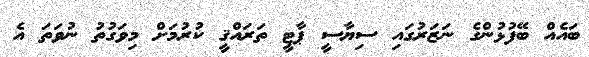
ބައެއް ބޭފުޅުންގެ ނަޒަރުގައި ސިޔާސީ ޕާޓީ ތަރައްޤީ ކުރުމަށް މިވަގުތު ނުވަތަ އެ